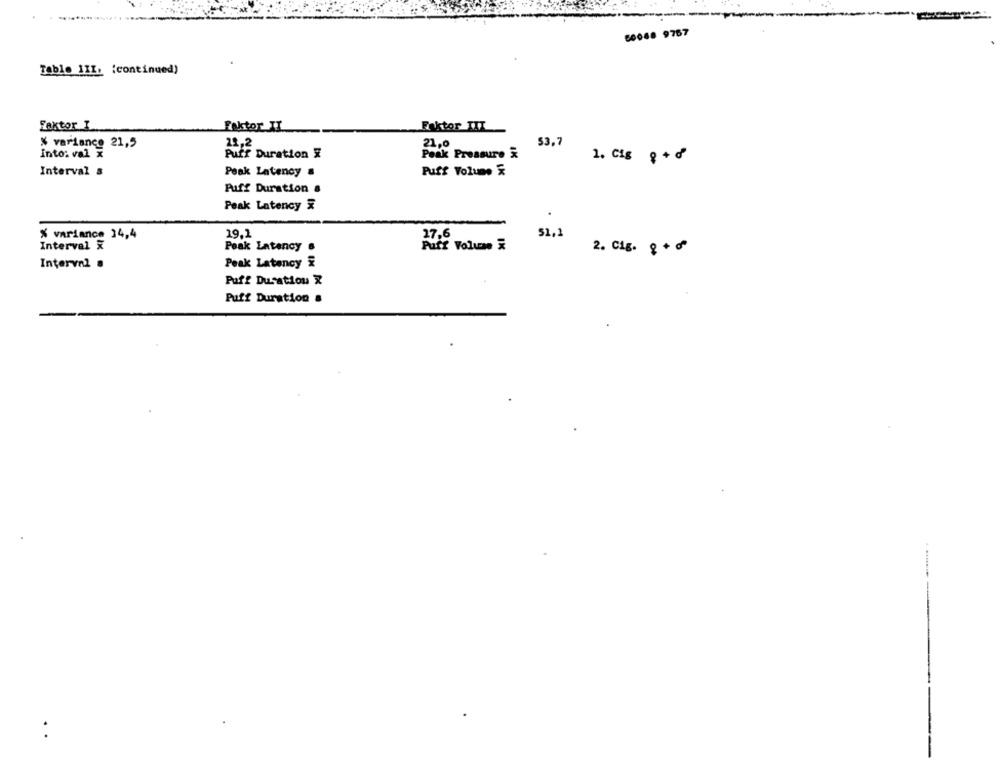
60068 9767
Table 11I. (continued)
Faktor I
Faktor II
Faktor III
% variance 21,5
22,2
53,7
Into: val x
Puff Duration &
Peer Pressure &
1. Cig 8 +ď
Interval &
Peak Latency
Puff Volume &
Puff Duration &
Peak Latency &
% variance 34,4
19,2
51,1
Interval X
Peak Latency .
Pure Volume
IK
2. C1g. 8+₾
Interval ·
Peak Latency &
Puff Dusatiou &
Puff Duration &